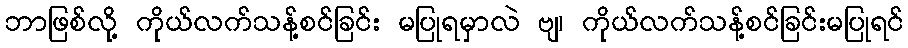
ဘာဖြစ်လို့ ကိုယ်လက်သန့်စင်ခြင်း မပြုရမှာလဲ ဗျ၊ ကိုယ်လက်သန့်စင်ခြင်းမပြုရင်